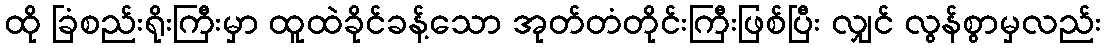
ထို ခြံစည်းရိုးကြီးမှာ ထူထဲခိုင်ခန့်သော အုတ်တံတိုင်းကြီးဖြစ်ပြီး လျှင် လွန်စွာမှလည်း